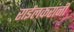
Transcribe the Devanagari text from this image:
राईलकरांनी